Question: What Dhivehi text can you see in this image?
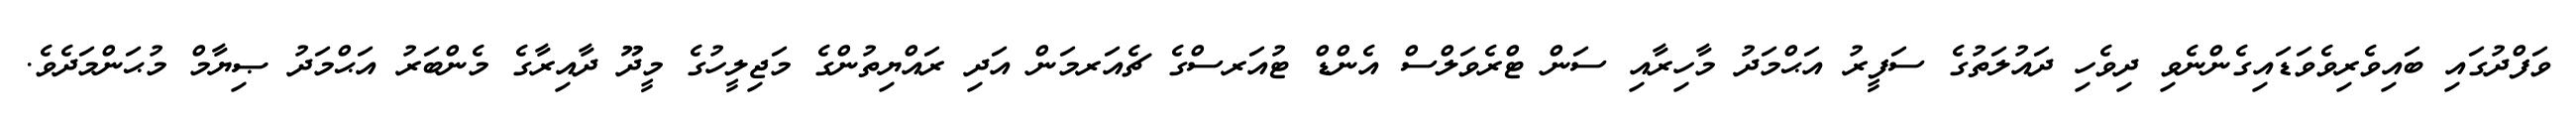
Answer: ވަފްދުގައި ބައިވެރިވެވަޑައިގެންނެވި ދިވެހި ދައުލަތުގެ ސަފީރު އަޙްމަދު މާހިރާއި ސަން ޓްރެވަލްސް އެންޑް ޓުއަރސްގެ ޗެއަރމަން އަދި ރައްޔިތުންގެ މަޖިލީހުގެ މީދޫ ދާއިރާގެ މެންބަރު އަޙްމަދު ޞިޔާމް މުޙަންމަދެވެ.